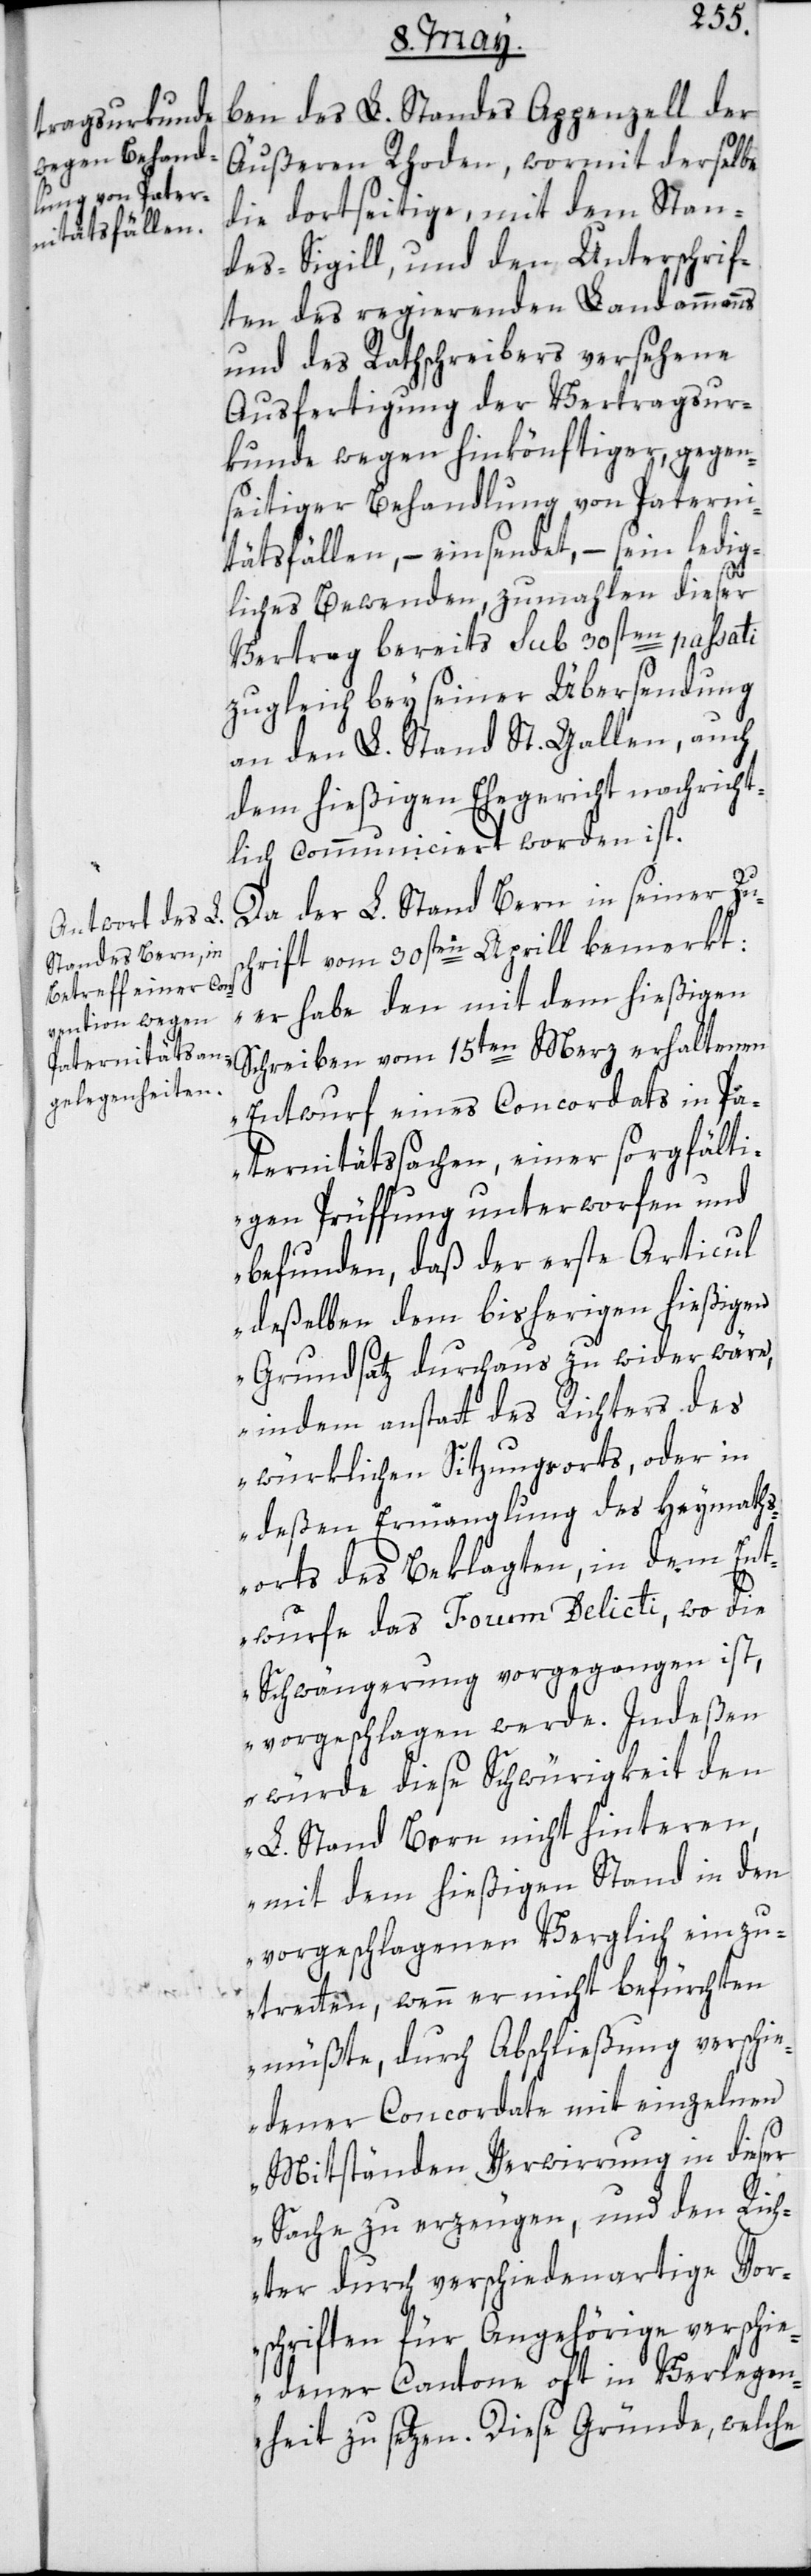
ben des L. Standes Appenzell der
Äußeren Rhoden, wormit derselbe
die dortseitige, mit dem Stan¬
des-Sigill, und den Unterschrif¬
ten des regierenden Landammanns
und des Rathschreibers versehene
Ausfertigung der Vertragsur¬
kunde wegen hinkönftiger, gegen¬
seitiger Behandlung von Paterni¬
tätsfällen, – einsendet, – sein ledig¬
liches Bewenden, zumahlen dieser
Vertrag bereits sub 30sten passati
zugleich bey seiner Übersendung
an den L. Stand St. Gallen, auch
dem hießigen Ehegericht nachricht¬
lich communiciert worden ist.
Da der L. Stand Bern in seiner Zus¬
chrift vom 30sten Aprill bemerkt:
„er habe den mit dem hießigen
Schreiben vom 15ten Merz erhaltenen
Entwurf eines Concordats in Pa¬
ternitätssachen, einer sorgfälti¬
gen Prüffung unterworfen und
befunden, daß der erste Articul
deßelben dem bisherigen hießigen
Grundsatz durchaus zuwider wäre,
indem anstatt des Richters des
würklichen Sitzungsorts, oder in
deßen Ermanglung des Heymaths¬
orts des Beklagten, in dem Ent¬
wurfe das Forum Delicti, wo die
Schwängerung vorgegangen ist,
vorgeschlagen werde. Indeßen
würde diese Schwürigkeit den
L. Stand Bern nicht hinteren,
mit dem hießigen Stand in den
vorgeschlagenen Verglich einzu¬
tretten, wenn er nicht befürchten
müßte, durch Abschließung verschie¬
dener Concordate mit einzelnen
Mitständen Verwirrung in dieser
Sache zu erzeugen, und den Rich¬
ter durch verschiedenartige Vor¬
schriften für Angehörige verschie¬
dener Cantone oft in Verlegen¬
heit zu setzen. Diese Gründe, welche